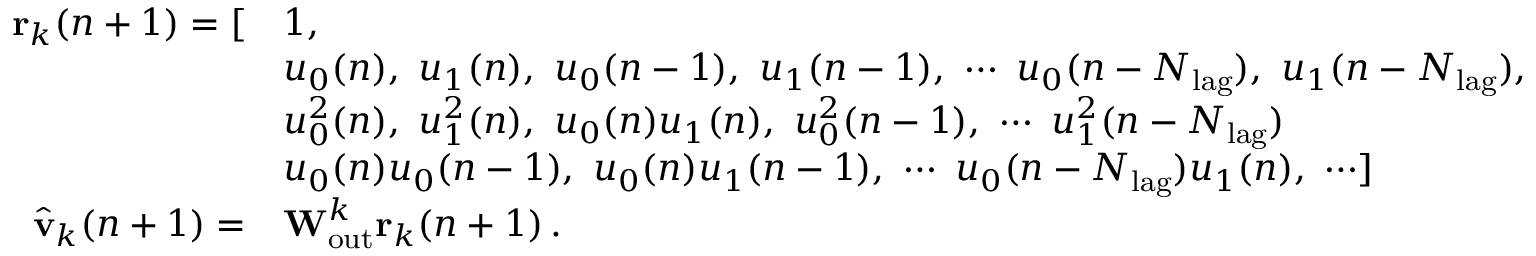
\begin{array} { r l } { \mathbf { r } _ { k } ( n + 1 ) = [ } & { 1 , } \\ & { u _ { 0 } ( n ) , \, \, u _ { 1 } ( n ) , \, \, u _ { 0 } ( n - 1 ) , \, \, u _ { 1 } ( n - 1 ) , \, \, \cdots \, \, u _ { 0 } ( n - N _ { \mathrm { l a g } } ) , \, \, u _ { 1 } ( n - N _ { \mathrm { l a g } } ) , } \\ & { u _ { 0 } ^ { 2 } ( n ) , \, \, u _ { 1 } ^ { 2 } ( n ) , \, \, u _ { 0 } ( n ) u _ { 1 } ( n ) , \, \, u _ { 0 } ^ { 2 } ( n - 1 ) , \, \, \cdots \, \, u _ { 1 } ^ { 2 } ( n - N _ { \mathrm { l a g } } ) } \\ & { u _ { 0 } ( n ) u _ { 0 } ( n - 1 ) , \, \, u _ { 0 } ( n ) u _ { 1 } ( n - 1 ) , \, \, \cdots \, \, u _ { 0 } ( n - N _ { \mathrm { l a g } } ) u _ { 1 } ( n ) , \, \, \cdots ] } \\ { \hat { \mathbf { v } } _ { k } ( n + 1 ) = } & { \mathbf { W } _ { \mathrm { o u t } } ^ { k } \mathbf { r } _ { k } ( n + 1 ) \, . } \end{array}